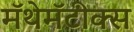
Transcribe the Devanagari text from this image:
मॅथेमॅटीक्स